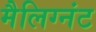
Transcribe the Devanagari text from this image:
मैलिग्नंट